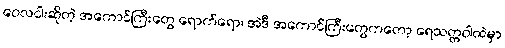
ဝေလငါးဆိုတဲ့ အကောင်ကြီးတွေ ရောက်ရော၊ အဲဒီ အကောင်ကြီးတွေကတော့ ရေသတ္တဝါထဲမှာ